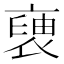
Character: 褏